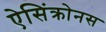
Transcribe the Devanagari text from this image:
ऐसिंक्रोनस